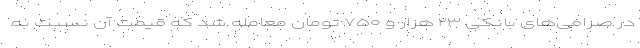
در صرافی‌های بانکی ۲۳ هزار و ۷۵۰ تومان معامله شد که قیمت آن نسبت به